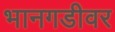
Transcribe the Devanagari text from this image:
भानगडीवर